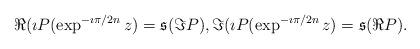
LaTeX: \begin{align*}\Re(\imath P(\exp^{-\imath\pi/2n}z)=\frak{s}(\Im P), \Im(\imath P(\exp^{-\imath\pi/2n}z)= \frak{s}(\Re P).\end{align*}